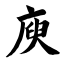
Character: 庾